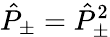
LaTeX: \hat{P}_{\pm}=\hat{P}_{\pm}^{2}